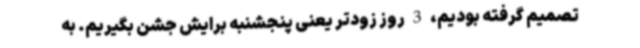
تصمیم گرفته بودیم، 3 روز زودتر یعنی پنجشنبه برایش جشن بگیریم. به‌